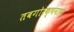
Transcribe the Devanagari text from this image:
तबगोरक्षनाथ